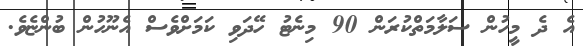
އެ ދެ މީހުން ސަލާމަތްކުރަން 90 މިނެޓު ހޭދަވި ކަމަށްވެސް އެނޫހުން ބުންޏެވެ.